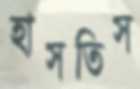
হাসতিস